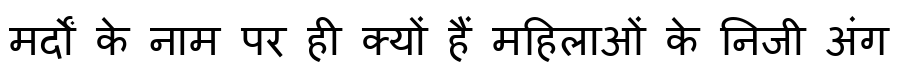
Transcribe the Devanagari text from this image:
मर्दों के नाम पर ही क्यों हैं महिलाओं के निजी अंग